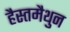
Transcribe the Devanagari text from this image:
हैस्तमैथुन